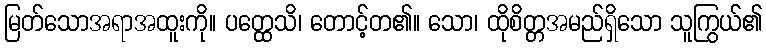
မြတ်သောအရာအထူးကို။ ပတ္ထေသိ၊ တောင့်တ၏။ သော၊ ထိုစိတ္တအမည်ရှိသော သူကြွယ်၏